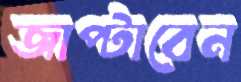
জাপ্‌টাবেন